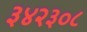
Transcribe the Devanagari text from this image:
३४२३०८